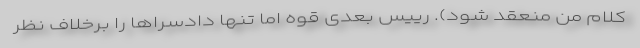
کلام من منعقد شود). رییس بعدی قوه اما تنها دادسراها را برخلاف نظر